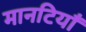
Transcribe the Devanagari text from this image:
मानटियाँ